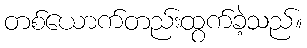
တစ်ယောက်တည်းထွက်ခဲ့သည်။